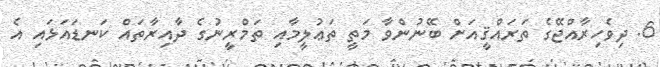
6. ދިވެހިރާއްޖޭގެ ތަރައްޤީއަށް ބޭނުންވާ މަތީ ތަޢުލީމާއި ތަމްރީނުގެ ދާއިރާތައް ކަނޑައަޅައި އެ